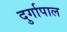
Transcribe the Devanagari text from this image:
दुर्गापाल